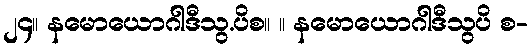
၂၄။ နမောယောဂါဒီသွ.ပိစ။ ။ နမောယောဂါဒီသွပိ စ-